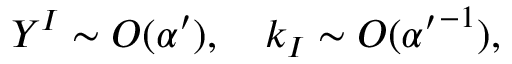
Y ^ { I } \sim O ( \alpha ^ { \prime } ) , \quad k _ { I } \sim O ( { \alpha ^ { \prime } } ^ { - 1 } ) ,